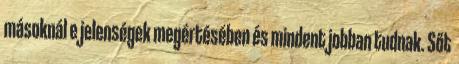
másoknál e jelenségek megértésében és mindent jobban tudnak. Sőt